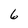
Character: 6